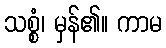
သစ္စံ၊ မှန်၏။ ကာမ